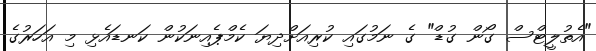
"އެތުލީޓްސް ގޯން ގުޑް" ގެ ނަމުގައި ކުރިއަށްދިޔަ ކެމްޕެއިނަކުން ކަނޑައެޅި މި އަހަރުގެ